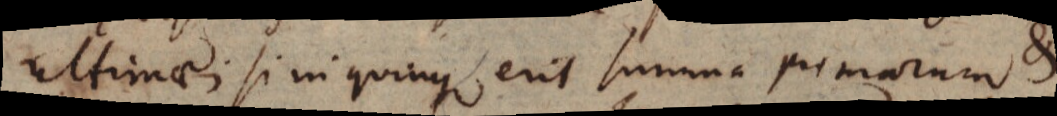
ultimae si in quinque, erit summa primarum &